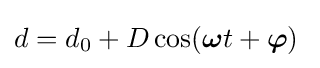
d=d_{\mathrm {0} }+D\cos({\boldsymbol {\omega }}t+{\boldsymbol {\varphi }})\;